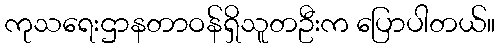
ကုသရေးဌာနတာဝန်ရှိသူတဦးက ပြောပါတယ်။